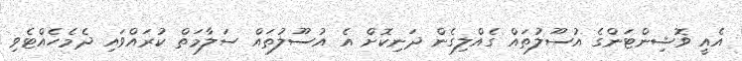
އެއީ ވޮޝިންޓަންގެ އުސޫލުތައް ގެއްލިގެން ދަނިކޮށް އެ އުސޫލުތައް ސަލާމަތް ކުރައްވައި ދެމެހެއްޓެވި